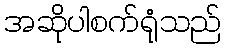
အဆိုပါစက်ရုံသည်